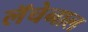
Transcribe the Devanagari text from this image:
लॅचेनाल